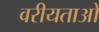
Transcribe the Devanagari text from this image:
वरीयताओ